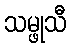
သမ္ဖုသီ